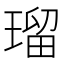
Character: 瑠